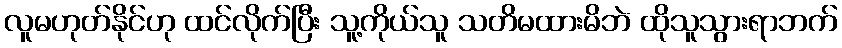
လူမဟုတ်နိုင်ဟု ထင်လိုက်ပြီး သူ့ကိုယ်သူ သတိမထားမိဘဲ ထိုသူသွားရာဘက်